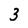
Character: 3